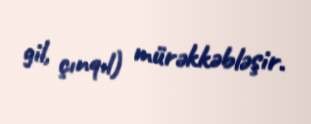
gil, çınqıl) mürəkkəbləşir.